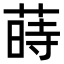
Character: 蒔